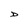
Character: D